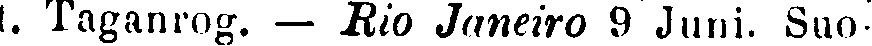
t. Taganrog. — Rio Janeiro 9 Juni. Suo-